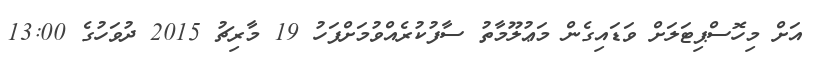
އަށް މިހޮސްޕިޓަލަށް ވަޑައިގެން މަޢުލޫމާތު ސާފުކުރެއްވުމަށްފަހު 19 މާރިޗު 2015 ދުވަހުގެ 13:00